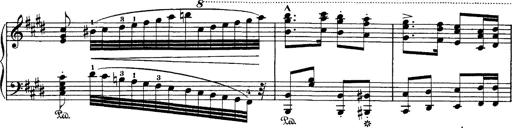
Title: Hungarian Rhapsody No.1
Composer: Franz Liszt
Key: C-sharp minor